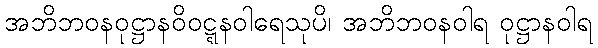
အဘိဘဝနဝုဋ္ဌာနဝိဝဋ္ဋနဝါရေသုပိ၊ အဘိဘဝနဝါရ ဝုဋ္ဌာနဝါရ